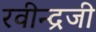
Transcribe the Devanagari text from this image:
रवीन्द्रजी